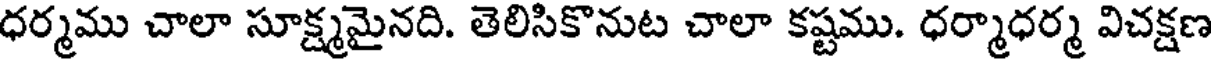
ధర్మము చాలా సూక్ష్మమైనది. తెలిసికొనుట చాలా కష్టము. ధర్మాధర్మ విచక్షణ